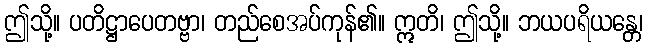
ဤသို့။ ပတိဋ္ဌာပေတဗ္ဗာ၊ တည်စေအပ်ကုန်၏။ ဣတိ၊ ဤသို့။ ဘယပရိယန္တေ၊